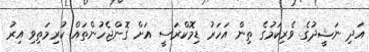
އަދި ނަޝީދުގެ ވެރިކަމުގެ ތިން އަހަރު ޑިމޮކްރަސީ އަށް ގޮންޖެހުންތައް ކުރިމަތިވި އިރު